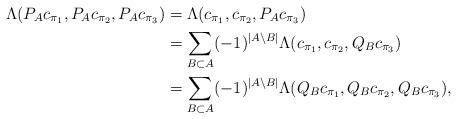
LaTeX: \begin{align*} \Lambda(P_A c_{\pi_1}, P_A c_{\pi_2}, P_A c_{\pi_3}) &= \Lambda(c_{\pi_1}, c_{\pi_2}, P_A c_{\pi_3}) \\ &= \sum_{B \subset A} (-1)^{|A \setminus B|} \Lambda(c_{\pi_1}, c_{\pi_2}, Q_B c_{\pi_3}) \\ &= \sum_{B \subset A} (-1)^{|A\setminus B|} \Lambda(Q_B c_{\pi_1}, Q_B c_{\pi_2}, Q_B c_{\pi_3}),\end{align*}